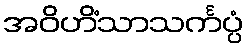
အဝိဟိံသာသင်္ကပ္ပံ